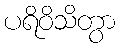
ပရိဝိသိတွာ